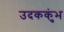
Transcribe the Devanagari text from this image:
उदककुंभ